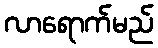
လာရောက်မည်